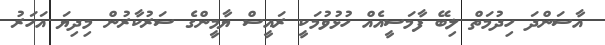
އާސަންދަ ހިދުމަތް ލިބޭ ފާމަސީއެއް ހުޅުވުމަކީ ރައީސް ޔާމީންގެ ސަރުކާރުން މިދިޔަ އަހަރު